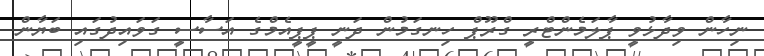
ނިހާން ވިދާޅުވީ ޕާލަމެންޓްރީ ގްރޫޕް ހިނގަމުން ދަނީ ޕީޕީއެމްގެ އަސާސީ ގަވައިދުގައި ބަޔާން